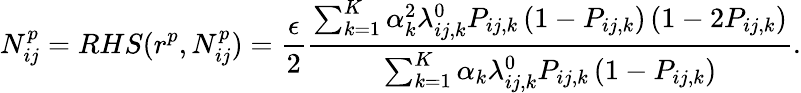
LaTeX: N_{ij}^{p}=RHS(r^{p},N_{ij}^{p})=\frac{\epsilon}{2}\frac{\sum_{k=1}^{K}\alpha_{k}^{2}\lambda_{ij,k}^{0}P_{ij,k}\left(1-P_{ij,k}\right)\left(1-2P_{ij,k}\right)}{\sum_{k=1}^{K}\alpha_{k}\lambda_{ij,k}^{0}P_{ij,k}\left(1-P_{ij,k}\right)}.